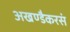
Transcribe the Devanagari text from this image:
अखण्डैकरसं